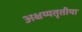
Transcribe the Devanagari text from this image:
अक्षय्यतृतीया